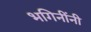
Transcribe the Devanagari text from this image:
भगिनींनी